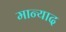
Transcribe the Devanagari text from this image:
मान्याद